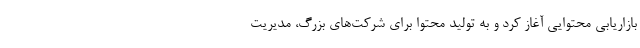
بازاریابی محتوایی آغاز کرد و به تولید محتوا برای شرکت‌های بزرگ، مدیریت